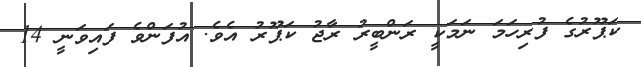
ކަޕޫރުގެ ފުރިހަމަ ނަމަކީ ރަންބީރު ރާޖު ކަޕޫރު އެވެ. އުފަންވެ ފައިވަނީ 14